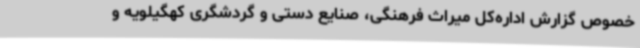
خصوص گزارش اداره‌کل میراث فرهنگی، صنایع دستی و گردشگری کهگیلویه و